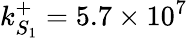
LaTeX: k_{S_{1}}^{+}=5.7\times 10^{7}